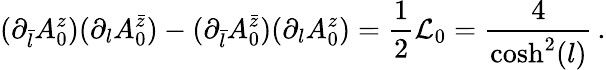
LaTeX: (\partial_{\bar{l}}A_{0}^{z})(\partial_{l}A_{0}^{\bar{z}})-(\partial_{\bar{l}}A_{0}^{\bar{z}})(\partial_{l}A_{0}^{z})=\frac{1}{2}{\cal L}_{0}=\frac{4}{\cosh^{2}(l)}\, .